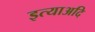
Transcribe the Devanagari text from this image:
इत्याअदि